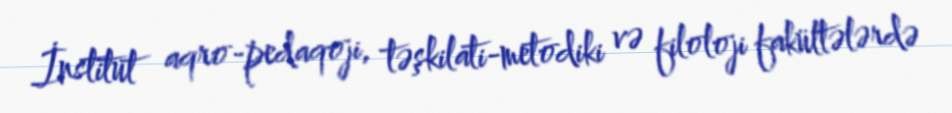
İnstitut aqro-pedaqoji, təşkilati-metodiki və filoloji fakültələrdə